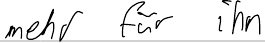
mehr für ihn